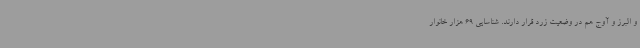
و البرز و آوج هم در وضعیت زرد قرار دارند. شناسایی 69 هزار خانوار